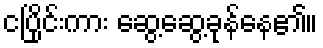
ငပြိုင်းကား ဆွေ့ဆွေ့ခုန်နေ၏။